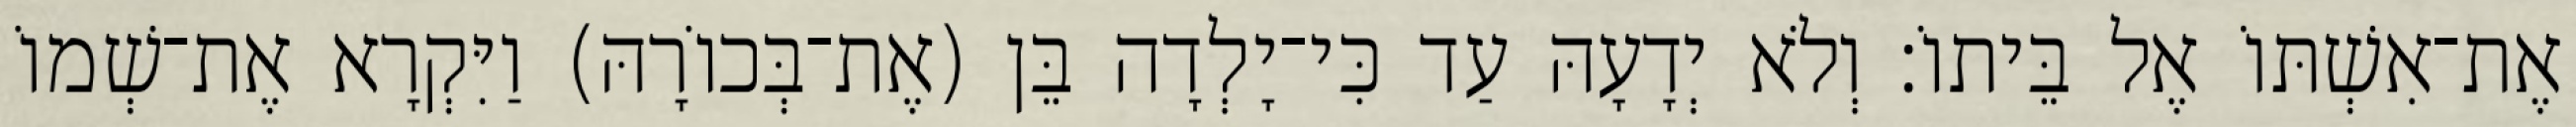
אֶת־אִשְׁתּוֹ אֶל בֵּיתוֹ׃ וְלֹא יְדָעָהּ עַד כִּי־יָלְדָה בֵּן (אֶת־בְּכוֹרָהּ) וַיִּקְרָא אֶת־שְׁמוֹ